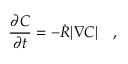
\frac { \partial C } { \partial t } = - \dot { R } | \nabla C | \quad ,